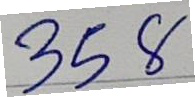
358